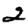
Digit: 2